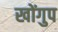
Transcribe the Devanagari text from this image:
खोंगुप